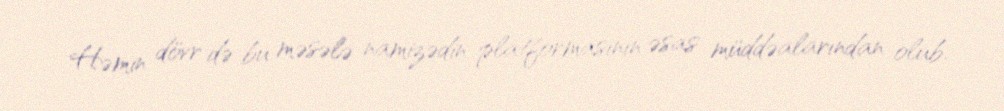
Həmin dövr də bu məsələ namizədin platformasının əsas müddəalarından olub.